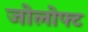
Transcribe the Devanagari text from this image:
जोलोफ्ट